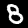
Digit: 8